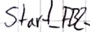
Text: Start_FB2